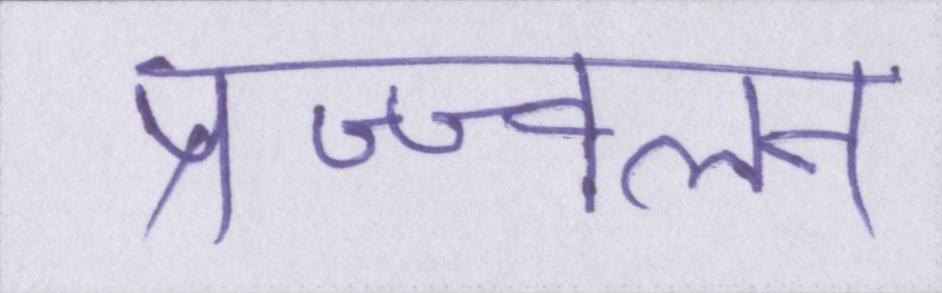
प्रज्ज्वलन